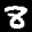
Label: 8